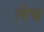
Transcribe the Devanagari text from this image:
लेच